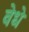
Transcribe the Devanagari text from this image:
वेधे